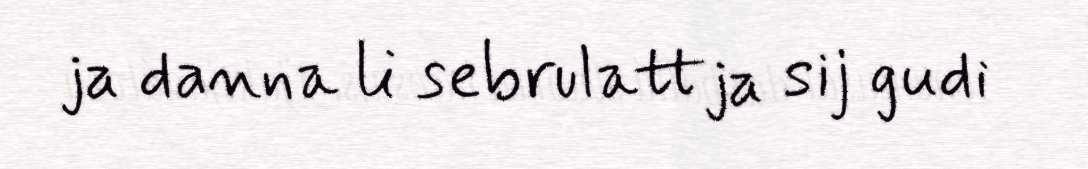
ja danna li sebrulattja sij gudi